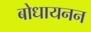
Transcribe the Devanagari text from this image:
बोधायनन